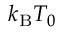
k _ { \mathrm { B } } T _ { 0 }